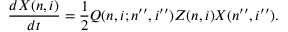
\frac { d X ( n , i ) } { d t } = \frac { 1 } { 2 } Q ( n , i ; n ^ { \prime \prime } , i ^ { \prime \prime } ) Z ( n , i ) X ( n ^ { \prime \prime } , i ^ { \prime \prime } ) .